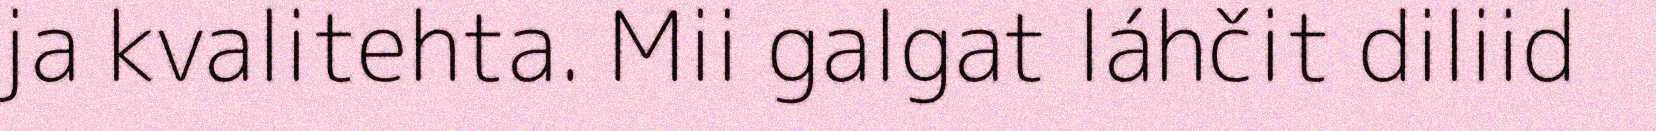
ja kvalitehta. Mii galgat láhčit diliid